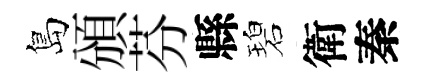
島頒芬縣碧衛秦